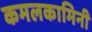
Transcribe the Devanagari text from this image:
कमलकामिनी